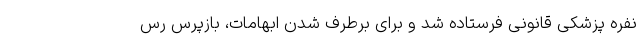
نفره پزشکی قانونی فرستاده شد و برای برطرف‌ شدن ابهامات، بازپرس رس